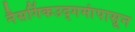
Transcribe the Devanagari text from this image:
नैसर्गिकउद्गमांपासून